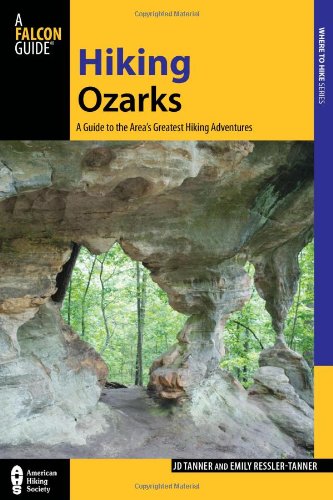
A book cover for Hiking Ozarks: A Guide To The Area's Greatest Hiking Adventures (Regional Hiking Series); Jd Tanner; Travel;